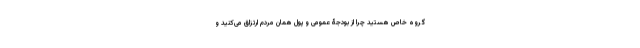
گروه خاص هستید چرا از بودجۀ عمومی و پول همان مردم ارتزاق می‌کنید و